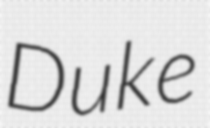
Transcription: Duke